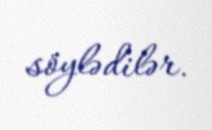
söylədilər.